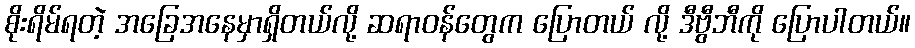
စိုးရိမ်ရတဲ့ အခြေအနေမှာရှိတယ်လို့ ဆရာဝန်တွေက ပြောတယ် လို့ ဒီဗွီဘီကို ပြောပါတယ်။